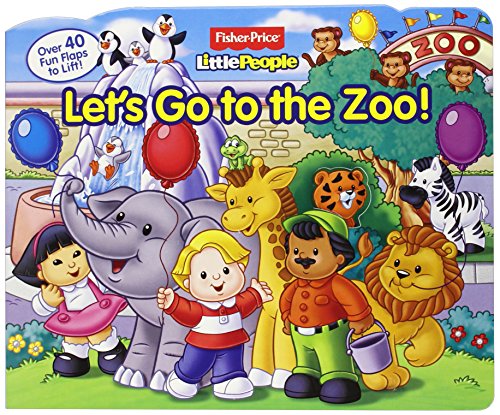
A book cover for Fisher-Price Little People Let's Go to the Zoo! (Lift-the-Flap); Fisher-Price(TM); Children's Books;